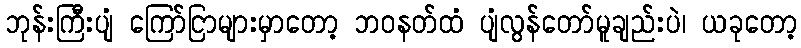
ဘုန်းကြီးပျံ ကြော်ငြာများမှာတော့ ဘဝနတ်ထံ ပျံလွန်တော်မူချည်းပဲ၊ ယခုတော့